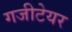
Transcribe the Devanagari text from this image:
गजीटेयर